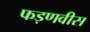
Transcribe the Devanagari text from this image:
फड़णवीस